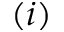
( i )